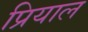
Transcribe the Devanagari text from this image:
प्रियाल